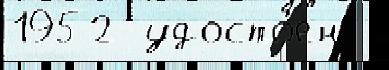
1952  удосто́ен